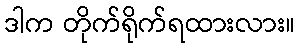
ဒါက တိုက်ရိုက်ရထားလား။